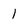
Character: 1